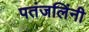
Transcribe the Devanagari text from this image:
पतंजलिंनी